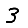
Digit: 3